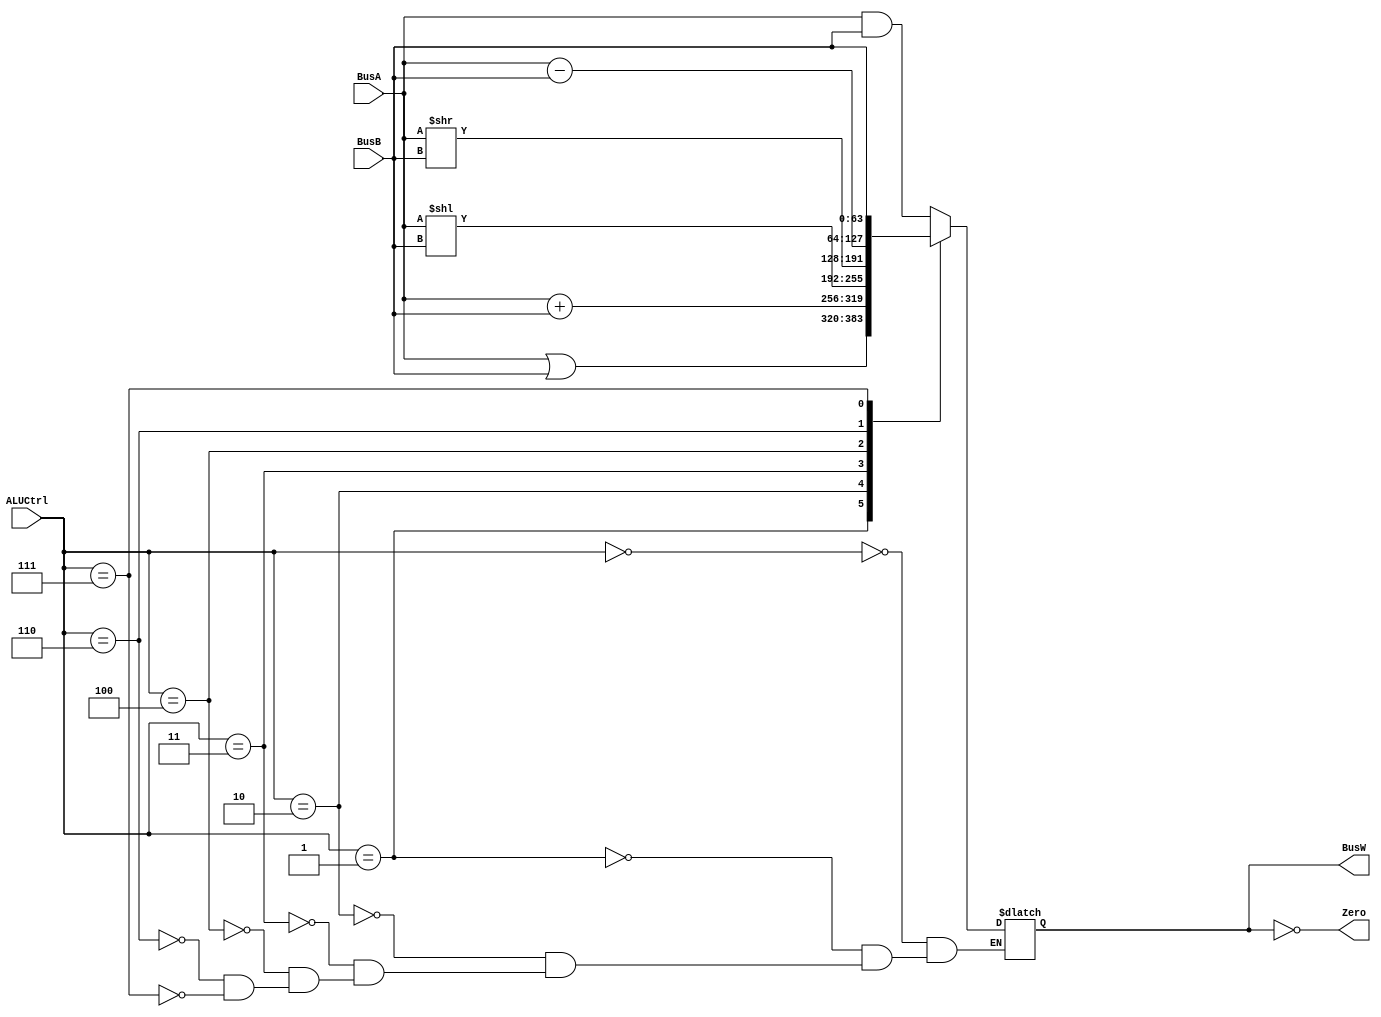
`timescale 1ns / 1ps
`define AND 4'b0000
`define OR 4'b0001
`define ADD 4'b0010
`define LSL 4'b0011
`define LSR 4'b0100
`define SUB 4'b0110
`define PassB 4'b0111


module ALU(BusW, Zero, BusA, BusB, ALUCtrl);
    
   parameter n = 64;

   output  [n-1:0] BusW;
   input   [n-1:0] BusA, BusB;
   input   [3:0] ALUCtrl;
   output  Zero;
    
   reg     [n-1:0] BusW;
    
   always @(ALUCtrl or BusA or BusB) begin
      case(ALUCtrl)
         `AND: begin
            BusW <= #20 BusA & BusB;
	 end
	
	 `OR: begin
	    BusW <= #20 BusA | BusB;
	 end
	
	 `ADD: begin
	    BusW <= #20 BusA + BusB;
	 end
	
	 `LSL: begin
	    BusW <= #20 BusA << BusB;
	 end
	
	 `LSR: begin
	    BusW <= #20 BusA >> BusB;
	 end
	
         `SUB: begin
	    BusW <= #20 BusA - BusB;
	 end
	
         `PassB: begin
	    BusW <= #20 BusB;
	 end
      endcase
   end
   assign #1 Zero = (BusW == 0);
endmodule